Report of the King Institute of Preventive Medicine, Guindy
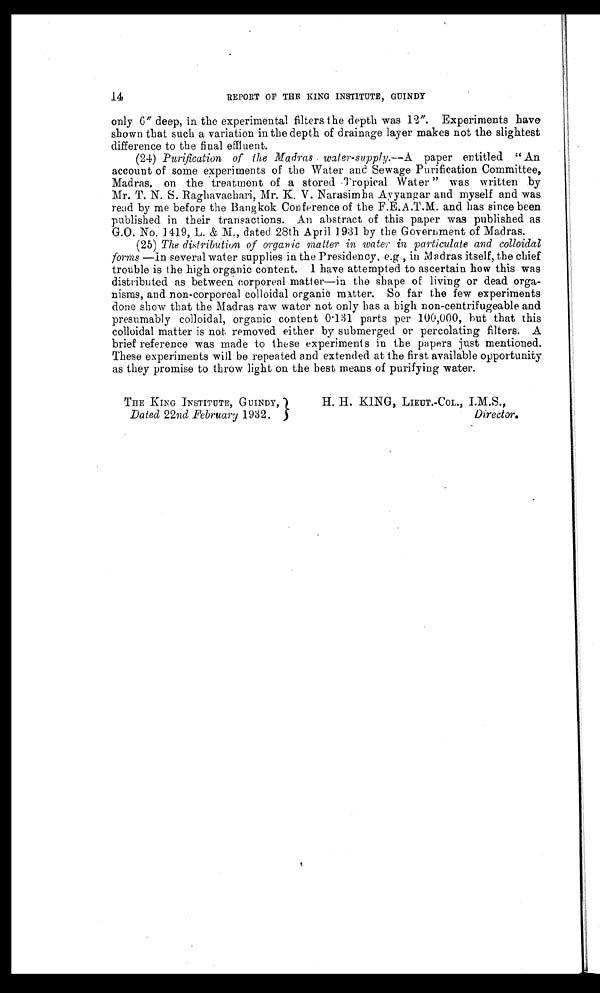
14
REPORT OF THE KING INSTITUTE, GUINDY
only 6" deep, in the experimental filters the depth was 12". Experiments have
shown that such a variation in the depth of drainage layer makes not the slightest
difference to the final effluent.
(24)
Purification of the Madras water-supply.— A
paper entitled" An
account of some experiments of the Water and Sewage Purification Committee,
Madras, on the treatment of a stored Tropical Water" was written by
Mr. T. N. S. Raghavachari, Mr. K. V. Narasimha Ayyangar and myself and was
read by me before the Bangkok Conference of the F.E.A.T.M. and has since been
published in their transactions. An abstract of this paper was published as
G.O. No. 1419, L. & M., dated 28th April 1931 by the Government of Madras.
(25)
The distribution of organic matter in water in particulate and colloidal
forms.—In several water supplies in the Presidency, e.g., in Madras itself, the chief
trouble is the high organic content. I have attempted to ascertain how this was
distributed as between corporeal matter—in the shape of living or dead orga--
nisms, and non-corporeal colloidal organic matter. So far the few experiments
done show that the Madras raw water not only has a high non-centrifugeable and
presumably colloidal, organic content 0.131 parts per 100,000, hut that this
colloidal matter is not removed either by submerged or percolating filters. A
brief reference was made to these experiments in the papers just mentioned.
These experiments will be repeated and extended at the first available opportunity
as they promise to throw light on the best means of purifying water.
THE KING INSTITUTE, GUINDY,
Dated 22nd February 1932.
H.H. KING, LIEUT.-COL., I.M.S.,
Director.